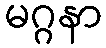
မဂ္ဂနာ